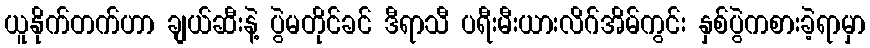
ယူနိုက်တက်ဟာ ချယ်ဆီးနဲ့ ပွဲမတိုင်ခင် ဒီရာသီ ပရီးမီးယားလိဂ်အိမ်ကွင်း နှစ်ပွဲကစားခဲ့ရာမှာ